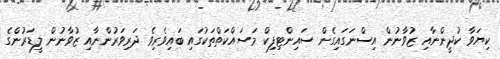
ކިޔަވާ ކުދީންނާއި ޒުވާނުން އިސްނަގައިގެން ސައިންޓިފިކް މަސައްކަތްތަކުގައި ބައިވެރިވެ ދަރިވަރުންނާއި ޒުވާނުން ލީޑަރުންގެ